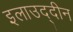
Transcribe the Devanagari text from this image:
इलाउद्दीन